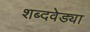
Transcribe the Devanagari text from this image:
शब्दवेड्या